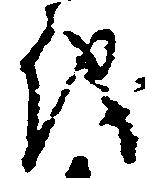
儀